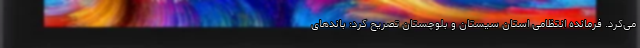
می‌کرد. فرمانده انتظامی استان سیستان و بلوچستان تصریح کرد: باندهای